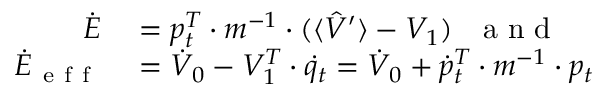
\begin{array} { r l } { \dot { E } } & { { } = p _ { t } ^ { T } \cdot m ^ { - 1 } \cdot ( \langle \hat { V } ^ { \prime } \rangle - V _ { 1 } ) \mathrm { ~ \ \ a ~ n ~ d ~ } } \\ { \dot { E } _ { \mathrm { ~ e ~ f ~ f ~ } } } & { { } = \dot { V } _ { 0 } - V _ { 1 } ^ { T } \cdot \dot { q } _ { t } = \dot { V } _ { 0 } + \dot { p } _ { t } ^ { T } \cdot m ^ { - 1 } \cdot p _ { t } } \end{array}